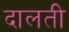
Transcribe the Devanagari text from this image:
दालती